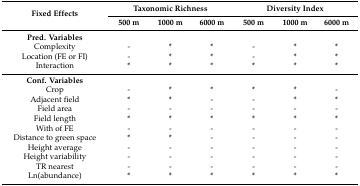
| <ROWSPAN=2> Fixed Effects | <COLSPAN=3> Taxonomic Richness | <COLSPAN=3> Diversity Index |
 | 500 m | 1000 m | 6000 m | 500 m | 1000 m | 6000 m |
 | --- | --- | --- | --- | --- | --- | --- |
 | Pred. Variables |  |  |  |  |  |  |
 | Complexity | - | * | * | - | * | * |
 | Location (FE or FI) | - | * | * | - | * | * |
 | Interaction | * | * | * | * | * | * |
 | Conf. Variables |  |  |  |  |  |  |
 | Crop | - | * | * | * | * | - |
 | Adjacent field | * | * | - | - | * | * |
 | Field area | - | - | - | - | - | - |
 | Field length | * | * | * | * | * | * |
 | With of FE | - | - | - | - | - | - |
 | Distance to green space | * | * | - | - | - | - |
 | Height average | - | - | - | - | - | - |
 | Height variability | - | - | - | - | - | - |
 | TR nearest | - | - | - | - | - | - |
 | Ln(abundance) | * | * | * | * | * | * |